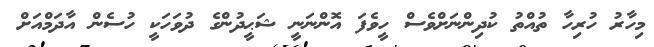
މިހާރު ހުރިހާ ތުއްތު ކުދިންނަށްވެސް ހީވެފަ އޮންނަނީ ޝަޙީދުންގެ ދުވަހަކީ ހުސެން އާދަމްއަށް